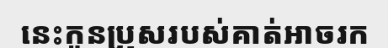
នេះកូនប្រុសរបស់គាត់អាចរក